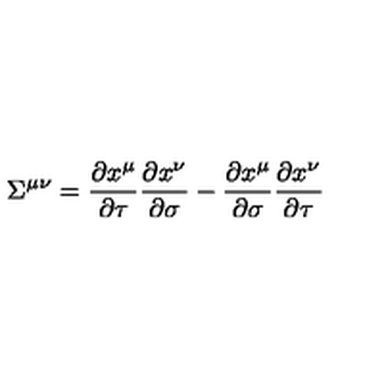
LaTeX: { \Sigma } ^ { \mu \nu } = \frac { \partial x ^ { \mu } } { \partial \tau } \frac { \partial x ^ { \nu } } { \partial \sigma } - \frac { \partial x ^ { \mu } } { \partial \sigma } \frac { \partial x ^ { \nu } } { \partial \tau }